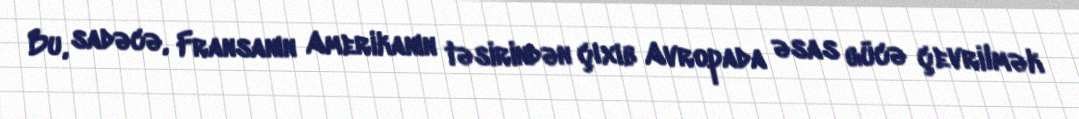
Bu, sadəcə, Fransanın Amerikanın təsirindən çıxıb Avropada əsas gücə çevrilmək